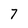
Character: 7